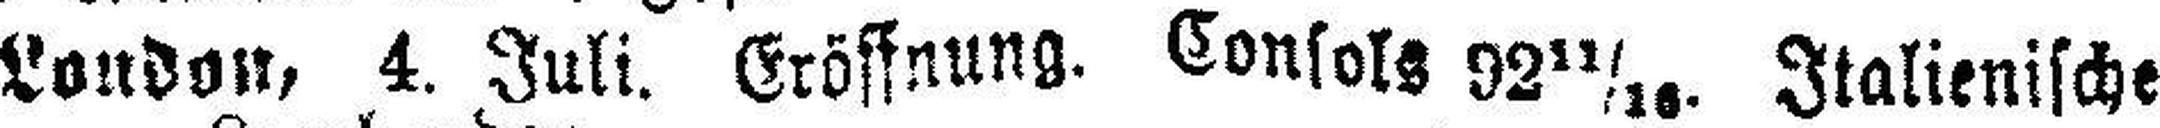
London, 4. Juli. Eröffnung. Consols 92 11/16. Italienische